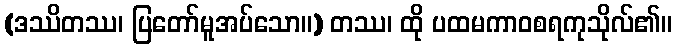
(ဒဿိတဿ၊ ပြတော်မူအပ်သော။) တဿ၊ ထို ပထမကာဝစရကုသိုလ်၏။